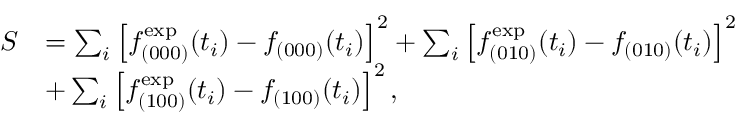
\begin{array} { r l } { S } & { = \sum _ { i } \left[ f _ { ( 0 0 0 ) } ^ { \mathrm { e x p } } ( t _ { i } ) - f _ { ( 0 0 0 ) } ( t _ { i } ) \right] ^ { 2 } + \sum _ { i } \left[ f _ { ( 0 1 0 ) } ^ { \mathrm { e x p } } ( t _ { i } ) - f _ { ( 0 1 0 ) } ( t _ { i } ) \right] ^ { 2 } } \\ & { + \sum _ { i } \left[ f _ { ( 1 0 0 ) } ^ { \mathrm { e x p } } ( t _ { i } ) - f _ { ( 1 0 0 ) } ( t _ { i } ) \right] ^ { 2 } , } \end{array}